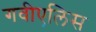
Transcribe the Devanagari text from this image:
गवीएलिस